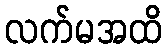
လက်မအထိ